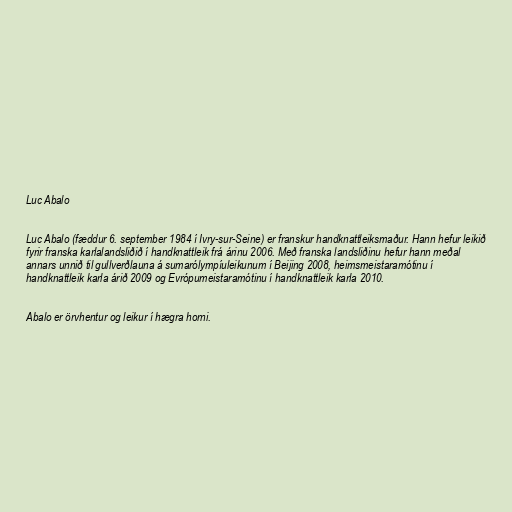
Luc Abalo

Luc Abalo (fæddur 6. september 1984 í Ivry-sur-Seine) er franskur handknattleiksmaður. Hann hefur leikið
fyrir franska karlalandsliðið í handknattleik frá árinu 2006. Með franska landsliðinu hefur hann meðal
annars unnið til gullverðlauna á sumarólympíuleikunum í Beijing 2008, heimsmeistaramótinu í
handknattleik karla árið 2009 og Evrópumeistaramótinu í handknattleik karla 2010.

Abalo er örvhentur og leikur í hægra horni.